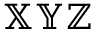
\mathbb { X Y Z }